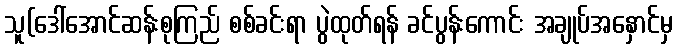
သူ(ဒေါ်အောင်ဆန်းစုကြည် စစ်ခင်းရာ ပွဲထုတ်ရန် ခင်ပွန်းကောင်း အချုပ်အနှောင်မှ